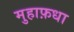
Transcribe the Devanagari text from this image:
मुहाफ़धा